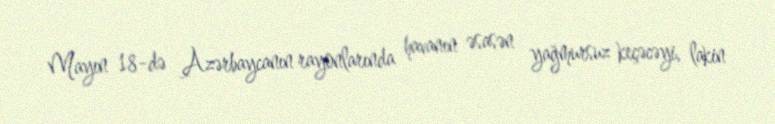
Mayın 18-də Azərbaycanın rayonlarında havanın əsasən yağmursuz keçəcəyi, lakin